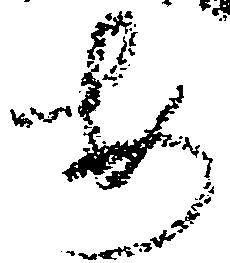
安